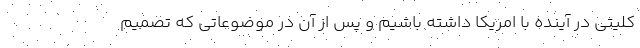
كليتي در آينده با امريكا داشته باشيم و پس از آن در موضوعاتي كه تصميم